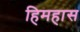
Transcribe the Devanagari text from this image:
हिमहास